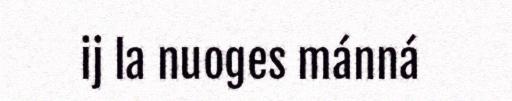
ij la nuoges mánná